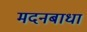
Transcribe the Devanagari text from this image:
मदनबाधा